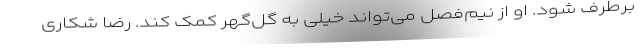
برطرف شود. او از نیم‌فصل می‌تواند خیلی به گل‌گهر کمک کند. رضا شکاری